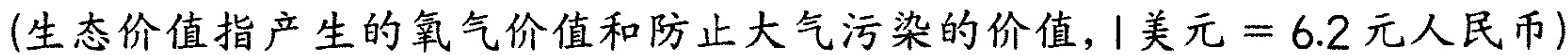
(生态价值指产生的氧气价值和防止大气污染的价值，1美元=6.2元人民币)